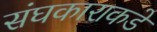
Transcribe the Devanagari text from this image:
संघकाराकडे